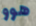
هوو